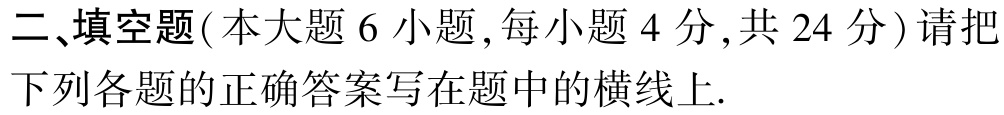
二、填空题(本大题 6 小题, 每小题 4 分, 共 24 分) 请把下列各题的正确答案写在题中的横线上.